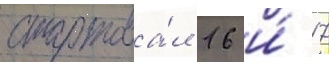
стартова́л 16 и́ 17